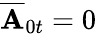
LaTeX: \overline{{\mathbf{A}}}_{0t}=0